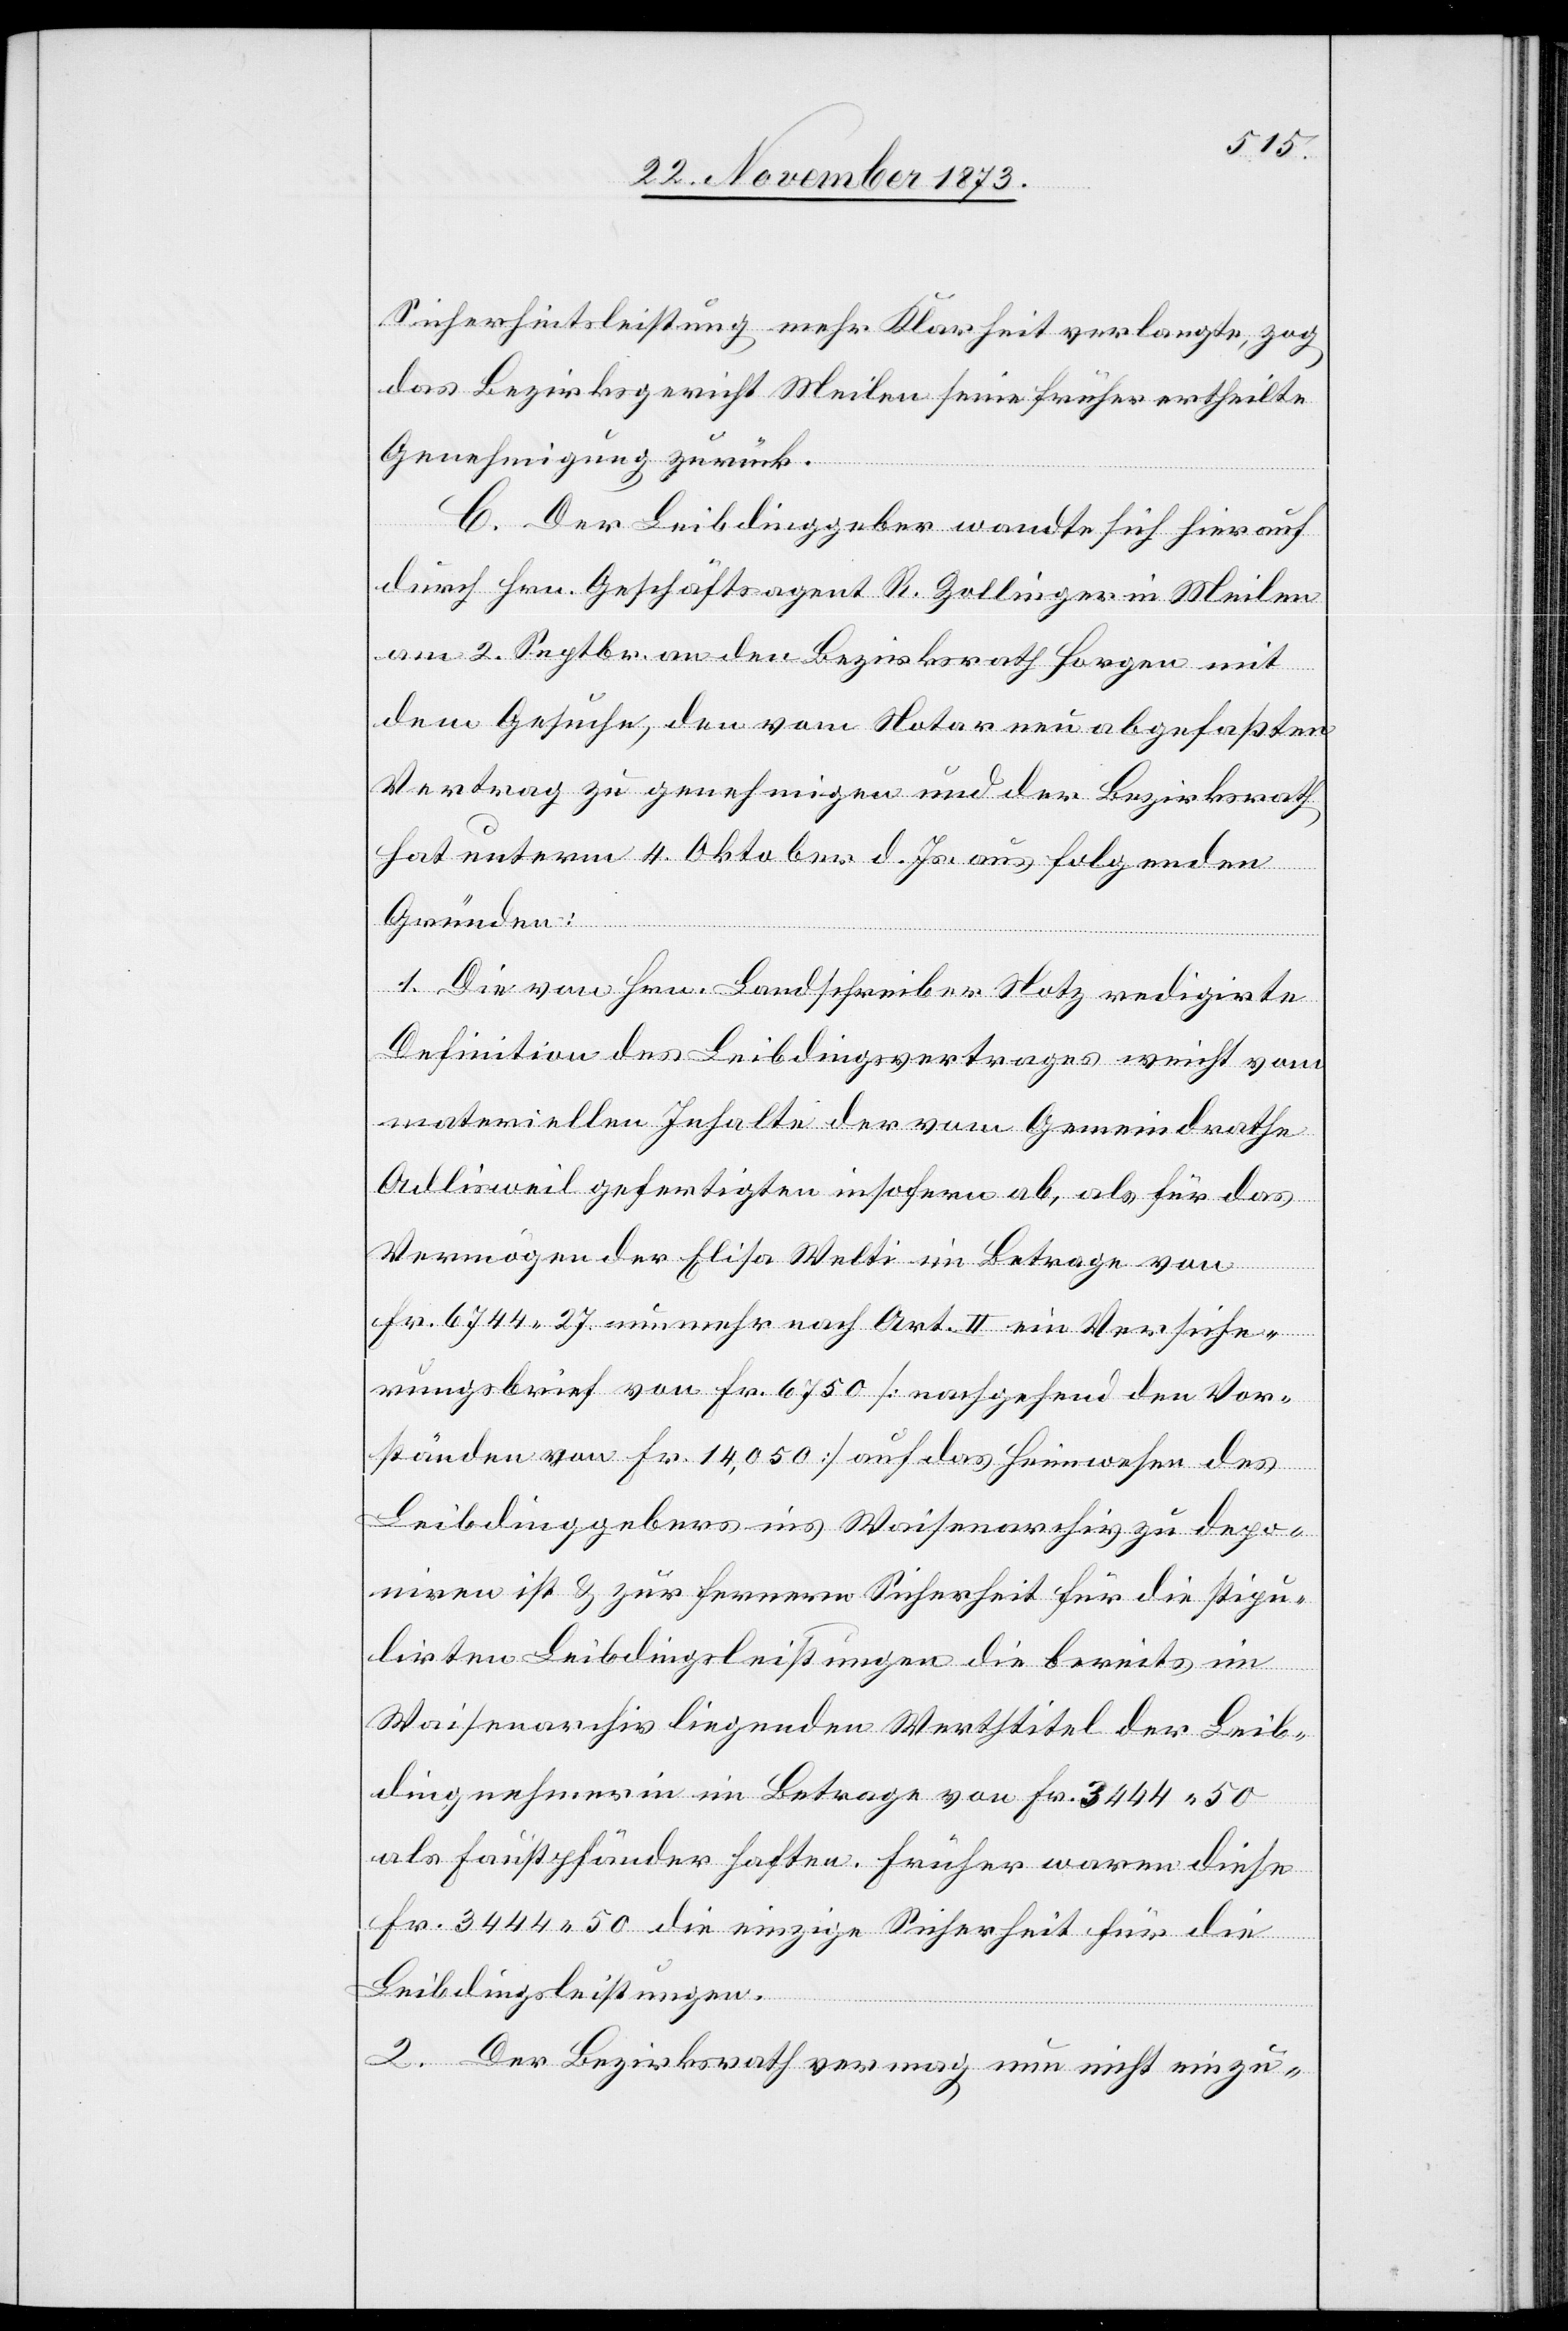
Sicherheitsleistung mehr Klarheit verlangte, zog
das Bezirksgericht Meilen seine früher ertheilte
Genehmigung zurück.
C. Der Leibdinggeber wandte sich hierauf
durch Hrn. Geschäftsagent R. Zollinger in Meilen
am 2. Septbr. an den Bezirksrath Horgen mit
dem Gesuche, den vom Notar neu abgefaßten
Vertrag zu genehmigen und der Bezirksrath
hat unterm 4. Oktober d. Js. aus folgenden
Gründen:
1. Die von Hrn. Landschreiber Notz redigirte
Definition des Leibdingsvertrages weicht vom
materiellen Inhalte der vom Gemeindrathe
Adlisweil gefertigten insofern ab, als für das
Vermögen der Elisa Welti im Betrage von
Fr. 6744 27 nunmehr nach Art. II ein Versiche¬
rungsbrief von Fr. 6750 [nachgehend den Vor¬
ständen von Fr. 14,050] auf das Heimwesen des
Leibdinggebers ins Waisenarchiv zu depo¬
niren ist & zur fernern Sicherheit für die stipu¬
lirten Leibdingsleistungen die bereits im
Waisenarchiv liegenden Werthtitel der Leib¬
dingnehmerin im Betrage von Fr. 3444 50
als Faustpfänder haften. Früher waren diese
Fr. 3444 50 die einzige Sicherheit für die
Leibdingsleistungen.
2. Der Bezirksrath vermag nun nicht einzu-